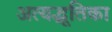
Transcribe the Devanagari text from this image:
अत्यद्भूतिका